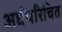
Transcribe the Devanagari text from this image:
अर्धपरिचित